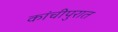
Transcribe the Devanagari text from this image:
कांचीपुरात